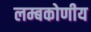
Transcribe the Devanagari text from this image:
लम्बकोणीय